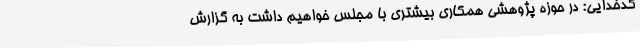
کدخدایی: در حوزه پژوهشی همکاری بیشتری با مجلس خواهیم داشت به گزارش